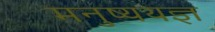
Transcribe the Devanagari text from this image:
मनुष्ययज्ञ